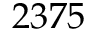
2 3 7 5